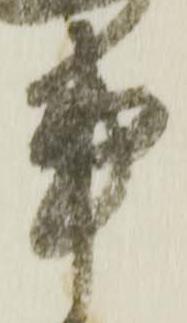
事